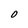
Character: O